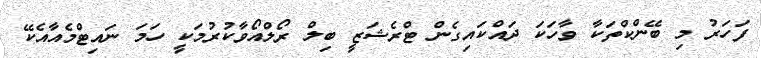
ފަހަރު މި ބޭންކްތަކާ ވާހަކަ ދައްކައިގެން ޓްރެޝަޒީ ބިލް ރޯލްއޯވާކުރުމަކީ ހަމަ ނައިޓްމެއާއެކޭ